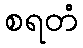
စရတံ